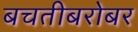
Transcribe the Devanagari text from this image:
बचतीबरोबर